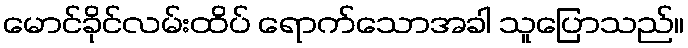
မောင်ခိုင်လမ်းထိပ် ရောက်သောအခါ သူပြောသည်။